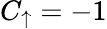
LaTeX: C_{\uparrow}=-1